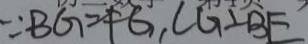
\because B G = F G , C G \bot B E